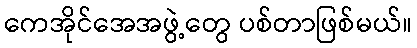
ကေအိုင်အေအဖွဲ့တွေ ပစ်တာဖြစ်မယ်။